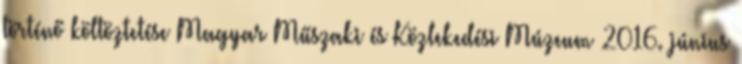
történő költöztetése Magyar Műszaki és Közlekedési Múzeum 2016. június